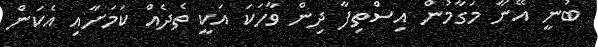
ބުނީ އޭނާ މަގާމުން އިސްތިފާ ދިން ވާހަކަ އަކީ ތެދެއް ކަމަށާއި އެކަން